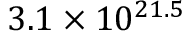
3 . 1 \times 1 0 ^ { 2 1 . 5 }